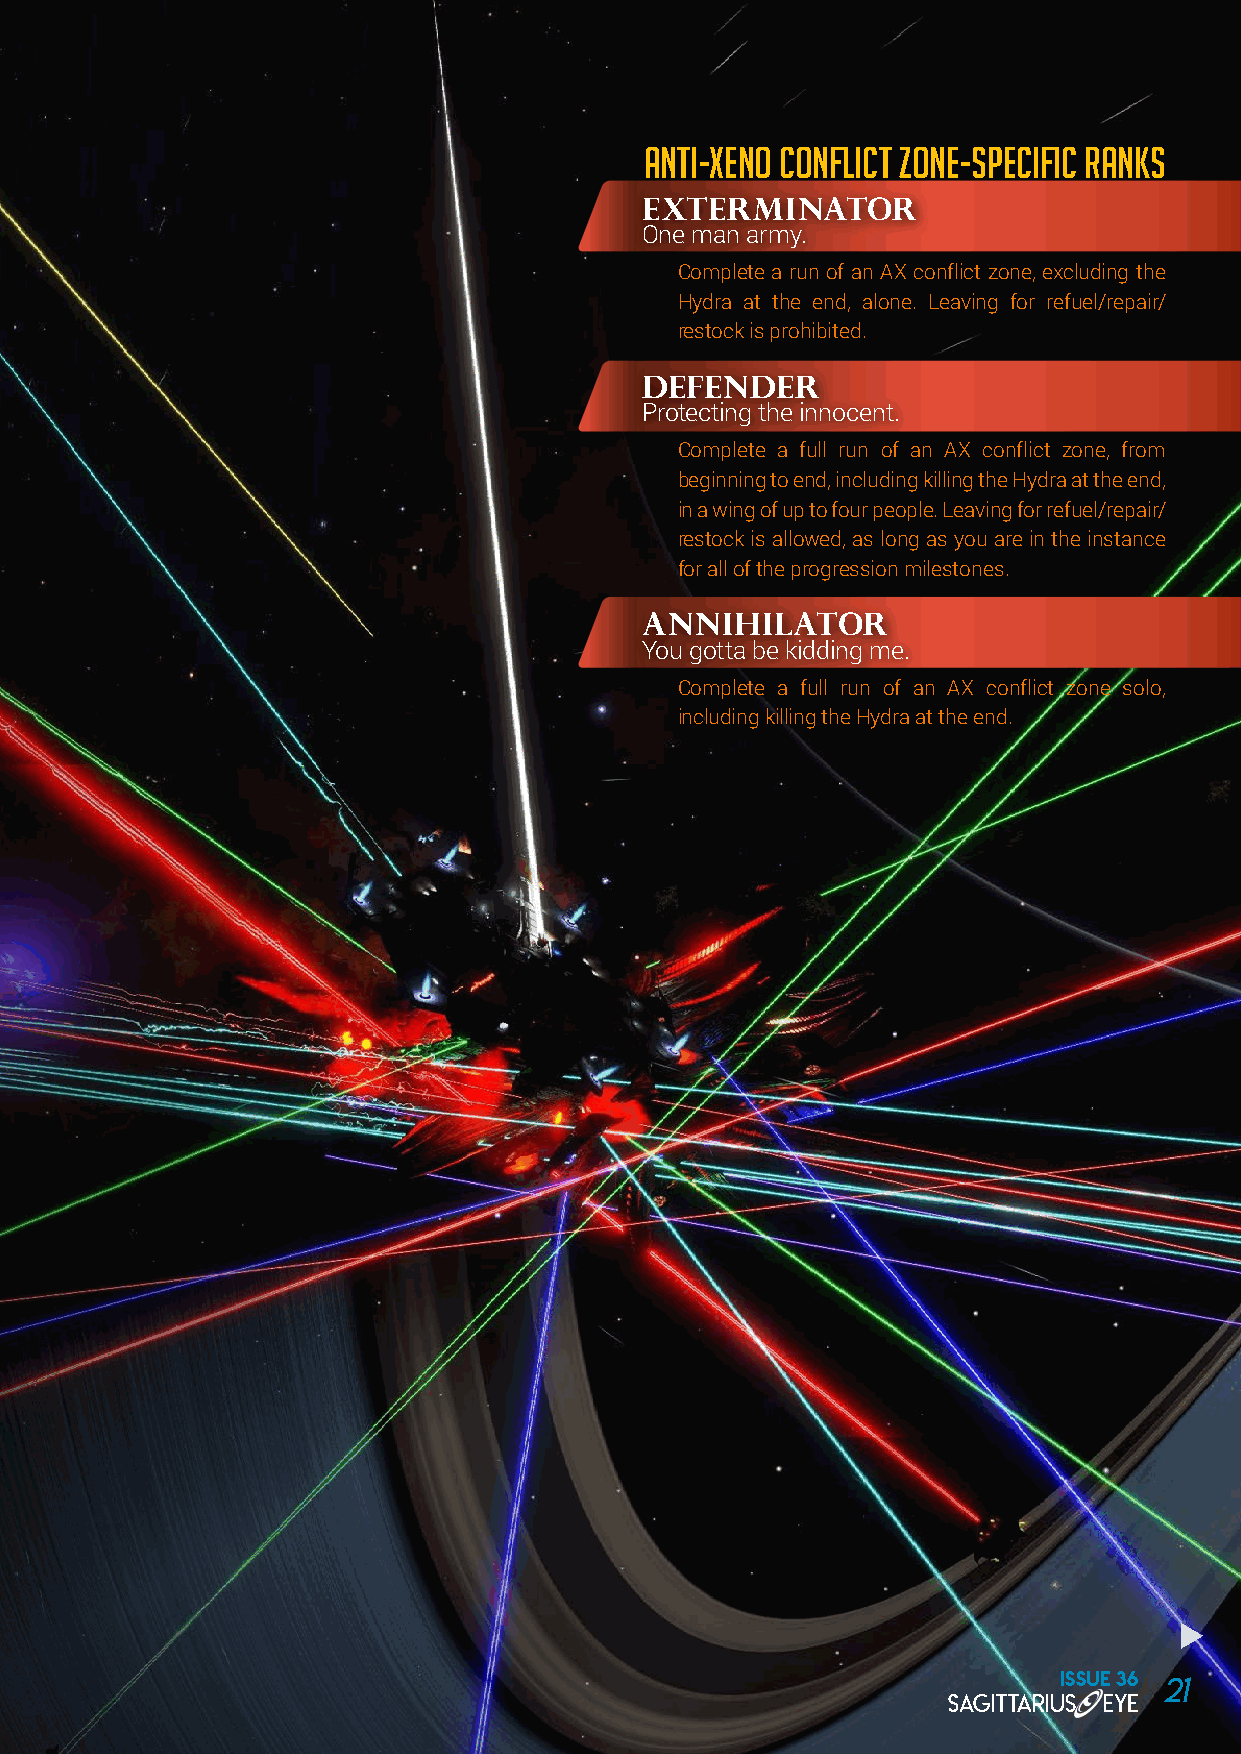
Anti-Xeno conflict zone-specific ranks
 exterminator
 One man army.
 Complete a run of an AX conflict zone, excluding the
 Hydra at the end, alone. Leaving for refuel/repair/
 restock is prohibited.
 defender
 Protecting the innocent.
 Complete a full run of an AX conflict zone, from
 beginning to end, including killing the Hydra at the end,
 in a wing of up to four people. Leaving for refuel/repair/
 restock is allowed, as long as you are in the instance
 for all of the progression milestones.
 annihilator
 You gotta be kidding me.
 Complete a full run of an AX conflict zone solo,
 including killing the Hydra at the end.
 ISSUE 36 21